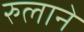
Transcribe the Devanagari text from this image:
रुलाने